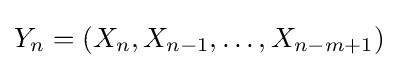
Y_{n}=\left(X_{n},X_{n-1},\ldots ,X_{n-m+1}\right)